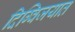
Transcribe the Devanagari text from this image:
दिग्विजयात